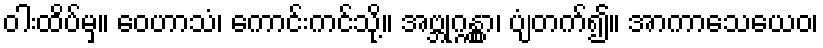
ဝါးထိပ်မှ။ ဝေဟာသံ၊ ကောင်းကင်သို့။ အဗ္ဘုဂ္ဂန္တွာ၊ ပျံတက်၍။ အာကာသေယေဝ၊